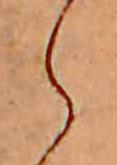
ら